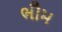
ભૌમ